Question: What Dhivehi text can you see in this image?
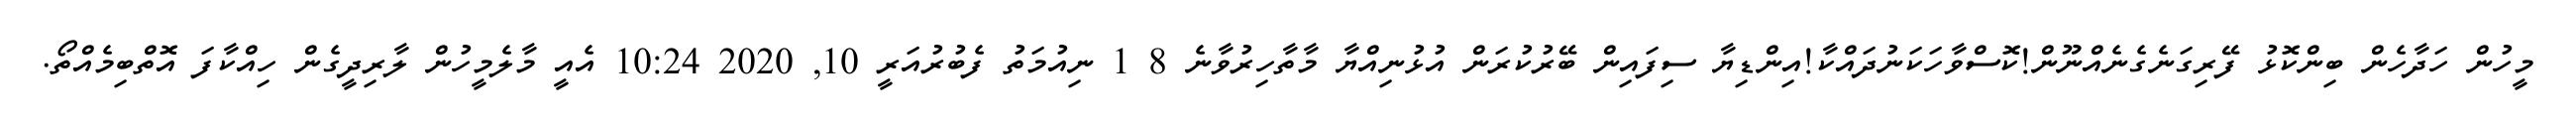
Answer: މީހުން ހަދާހެން ބިންކޮޅު ފޭރިގަނެގެނެއްނޫން!ކޮސްވާހަކަނުދައްކާ!އިންޑިޔާ ސިފައިން ބޭރުކުރަން އުޅުނިއްޔާ މާތާހިރުވާނެ 8 1 ނިއުމަތު ފެބުރުއަރީ 10, 2020 10:24 އެއީ މާލެމީހުން ލާރިދީގެން ހިއްކާފަ އޮތްބިމެއްތޯ.